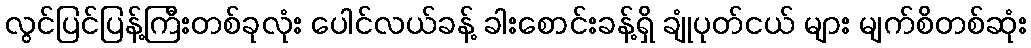
လွင်ပြင်ပြန့်ကြီးတစ်ခုလုံး ပေါင်လယ်ခန့် ခါးစောင်းခန့်ရှိ ချုံပုတ်ငယ် များ မျက်စိတစ်ဆုံး